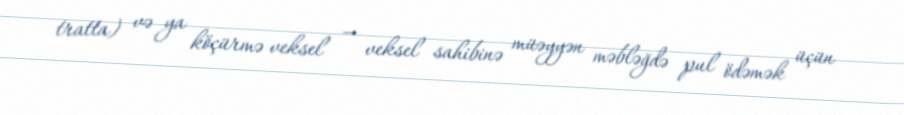
tratta) və ya köçürmə veksel — veksel sahibinə müəyyən məbləğdə pul ödəmək üçün